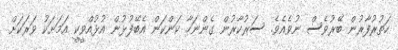
ހަތުރުފާރުން ބޭރުވެސް ނުވެއެވެ. ސަރުކާރުން ގެންނަހާ ކަންކަން އެބޭފުޅުން އުޅުއްވީކީ އަމަށަކު ވަރަކަށް